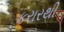
કરારથી